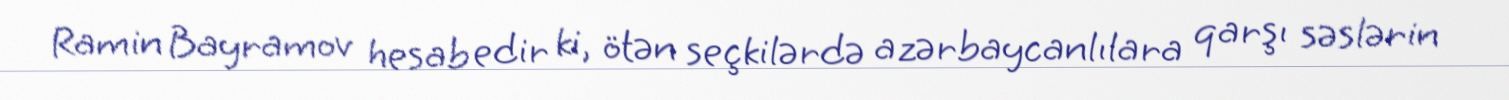
Ramin Bayramov hesab edir ki, ötən seçkilərdə azərbaycanlılara qarşı səslərin